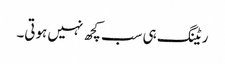
ریٹنگ ہی سب کچھ نہیں ہوتی۔